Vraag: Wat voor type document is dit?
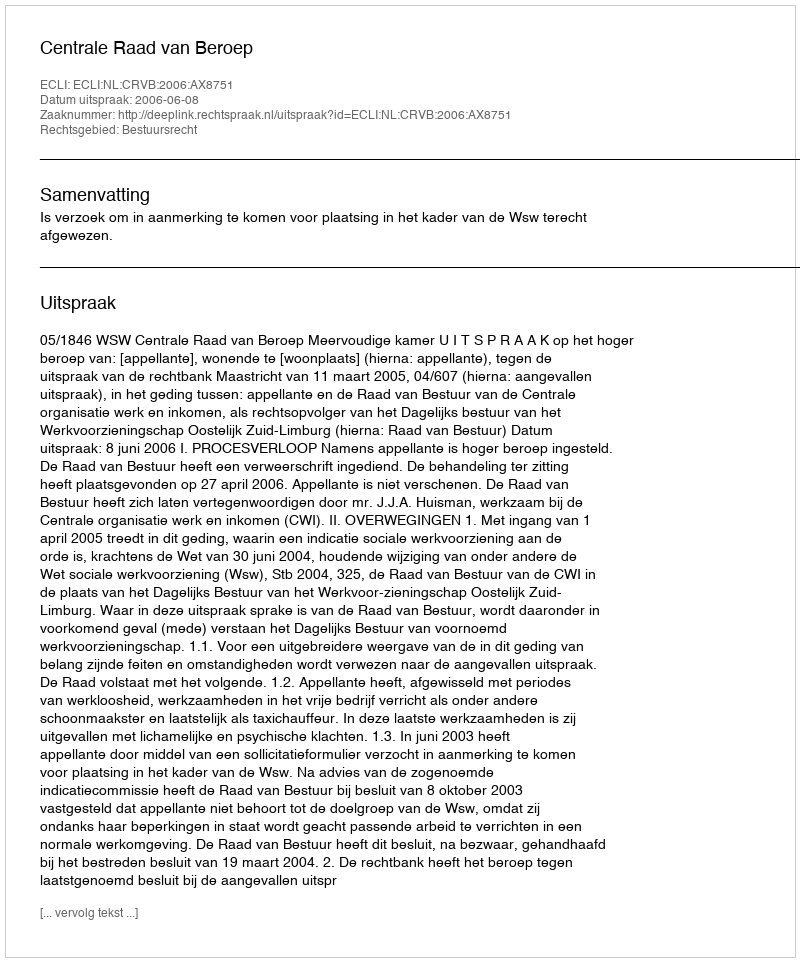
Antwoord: Uitspraak